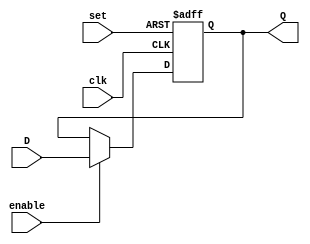
`timescale 1ns / 1ps

// Design Name: EXAMPLE (5) --->>   Write Verilog code for a 4-bit register with a positive-edge clock, asynchronous set and clock enable.

module Example5(Q, D, clk, set, enable);
output [3:0]Q;
input [3:0]D; 
input clk, set, enable;       
reg [3:0]Q;
always@(posedge clk or posedge set)   // Change on negative edge always 

begin
if(set==1'b1)
Q <= 4'b1111;
else if(enable==1'b1)
Q <= D;   
   
end
endmodule